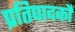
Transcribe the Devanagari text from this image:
प्रतिपादर्को